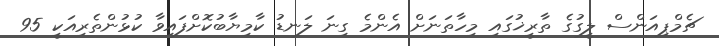
ޗެމްޕިއަންސް ލީގުގެ ތާރީޚުގައި މިހާތަނަށް އެންމެ ގިނަ ލަނޑު ކާމިޔާބުކޮށްފައިވާ ކުޅުންތެެރިއަކީ 95